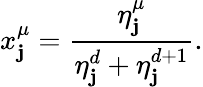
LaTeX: x_{\mathbf{j}}^{\mu}=\frac{{\eta_{\mathbf{j}}^{\mu}}}{{\eta_{\mathbf{j}}^{d}+\eta_{\mathbf{j}}^{d+1}}}.